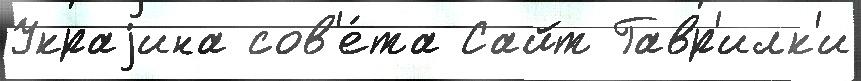
Украjина сов'е́та Сайт Гавр'илк'и